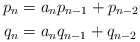
\begin{align*} p_n &= a_n p_{n - 1} + p_{n - 2}\\ q_n &= a_n q_{n - 1} + q_{n - 2}\end{align*}